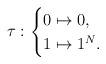
LaTeX: \begin{align*}\tau:\begin{cases}0 \mapsto 0,\\1 \mapsto 1^N.\end{cases}\end{align*}